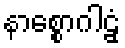
နာစ္စောဂါဠှံ